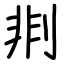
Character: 剕